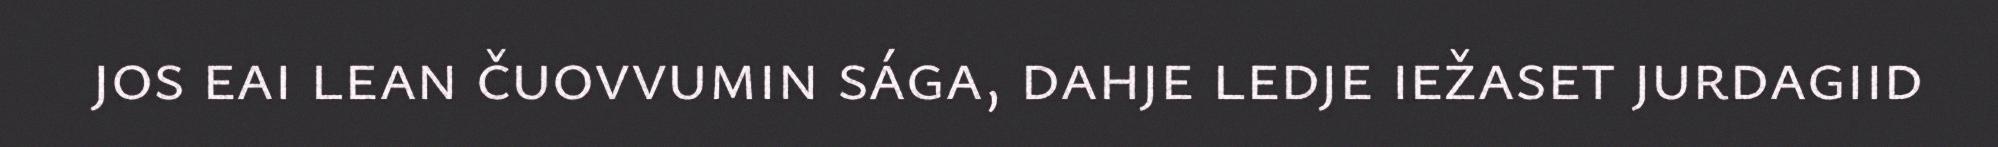
jos eai lean čuovvumin sága, dahje ledje iežaset jurdagiid